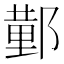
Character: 𮠆